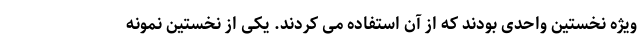
ویژه نخستین واحدی بودند که از آن استفاده می کردند. یکی از نخستین نمونه